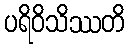
ပရိဝိသိဿတိ